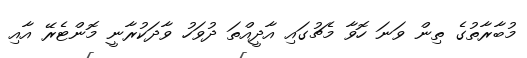
މުބާރާތުގެ ތިން ވަނަ ހޮވާ މެޗުގައި އާދީއްތަ ދުވަހު ވާދަކުރާނީ މޮންޓެރޭ އާއި